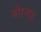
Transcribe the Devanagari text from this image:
मोरन्हट